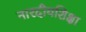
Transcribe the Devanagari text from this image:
नारदीयशिक्षा